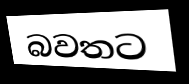
බවතට